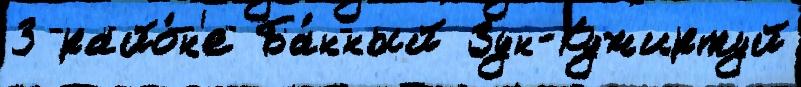
3 райо́н'е Ба́нный Зун-Кужиртуй